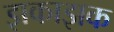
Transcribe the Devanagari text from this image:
झकाझक